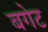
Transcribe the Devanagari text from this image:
बगेट